Lunatic asylums United Provinces 1899-1908 - 1899-1908
Year: 1899
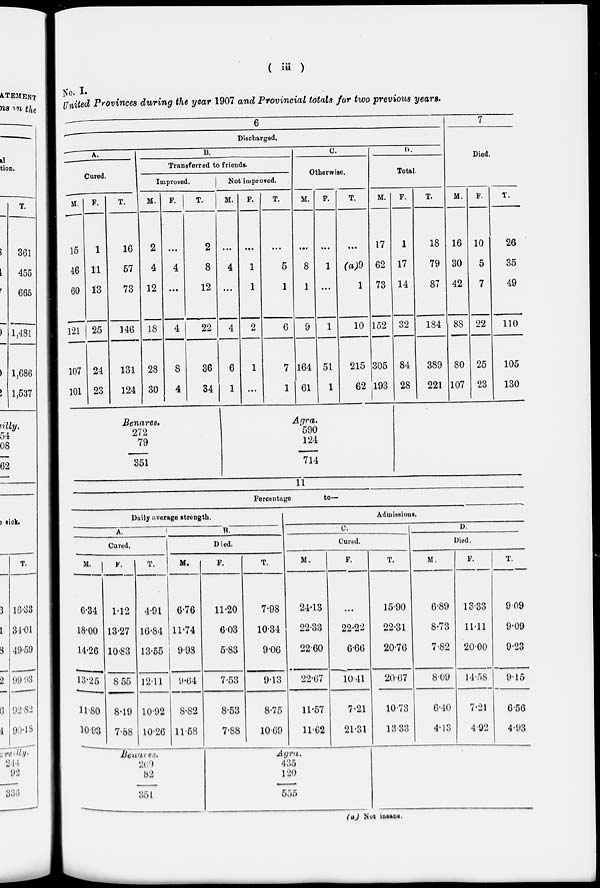
( iii )
No. I.
United Provinces during the year 1907 and Provincial totals for two previous years.
6
Discharged.
A.
Cured.
M.
15
46
60
121
107
101
F.
1
11
13
25
24
23
T.
16
57
73
146
131
124
B.
Transferred to friends.
Improved.
M.
2
4
12
18
28
30
F.
...
4
...
4
8
4
T.
2
8
12
22
36
34
Benares.
272
79
351
Not improved.
M.
...
4
...
4
6
1
F.
...
1
1
2
1
...
T.
...
5
1
6
7
1
C.
Otherwise.
M.
...
8
1
9
164
61
F.
...
1
...
1
51
1
T.
...
(a)9
1
10
215
62
D.
Total.
M.
17
62
73
152
305
193
Agra.
590
124
714
F.
1
17
14
32
84
28
T.
18
79
87
184
389
221
7
Died.
M.
16
30
42
88
80
107
F.
10
5
7
22
25
23
T.
26
35
49
110
105
130
11
Percentage
to—
Daily average strength.
A.
Cured.
M.
6.34
18.00
14.26
13.25
11.80
10.93
F.
1.12
13.27
10.83
8.55
8.19
7.88
T.
4.91
16.84
13.55
12.11
10.92
10.26
B.
Died.
M.
6.76
11.74
9.98
9.64
8.82
11.58
Benares.
269
82
351
F.
11.20
6.03
5.83
7.53
8.53
7.88
T.
7.98
10.34
9.06
9.13
8.75
10.69
Admissions.
C.
Cured.
M.
24.13
22.33
22.60
22.67
11.57
11.62
F.
...
22.22
6.66
10.41
7.21
21.31
Agra.
435
120
555
T.
15.90
22.31
20.76
20.67
10.73
13.33
D.
Died.
M.
6.89
8.73
7.82
8.09
6.40
4.13
F.
13.33
11.11
20.00
14.58
7.21
4.92
T.
9.09
9.09
9.23
9.15
6.56
4.93
(a) Not insane.